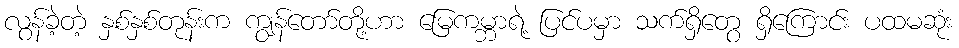
လွန်ခဲ့တဲ့ နှစ်နှစ်တုန်းက ကျွန်တော်တို့ဟာ မြေကမ္ဘာရဲ့ ပြင်ပမှာ သက်ရှိတွေ ရှိကြောင်း ပထမဆုံး